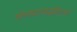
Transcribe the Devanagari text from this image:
सेन्सटायझेशन